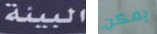
البيئة يمكن